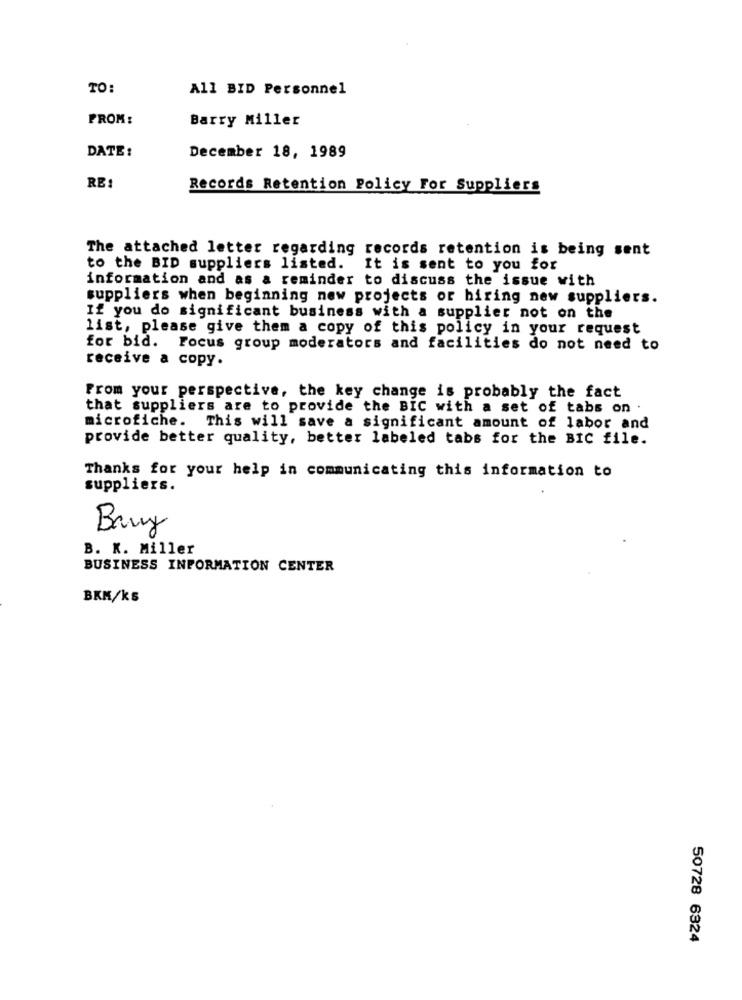
TO:
All BID Personnel
PROM:
Barry Miller
DATE :
December 18, 1989
RE:
Records Retention Policy For Suppliers
The attached letter regarding records retention is being sent
to the BID suppliers listed. It is sent to you for
information and as a reminder to discuss the issue with
suppliers when beginning new projects or hiring new suppliers.
If you do significant business with a supplier not on the
list, please give them a copy of this policy in your request
for bid. Focus group moderators and facilities do not need to
receive a copy.
From your perspective, the key change is probably the fact
that suppliers are to provide the BIC with a set of tabs on .
microfiche. This will save a significant amount of labor and
provide better quality, better labeled tabs for the BIC file.
Thanks for your help in communicating this information to
suppliers.
Bary
B. K. Miller
BUSINESS INFORMATION CENTER
BKK/ks
50728 6324